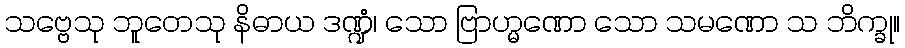
သဗ္ဗေသု ဘူတေသု နိဓာယ ဒဏ္ဍံ၊ သော ဗြာဟ္မဏော သော သမဏော သ ဘိက္ခု။